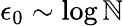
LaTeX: \epsilon_{0}\sim\log\mathbb{N}